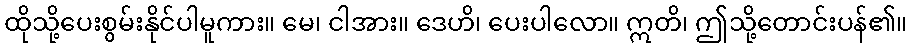
ထိုသို့ပေးစွမ်းနိုင်ပါမူကား။ မေ၊ ငါအား။ ဒေဟိ၊ ပေးပါလော။ ဣတိ၊ ဤသို့တောင်းပန်၏။